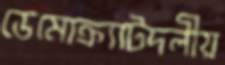
ডেমোক্র্যাটদলীয়